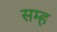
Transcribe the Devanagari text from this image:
सम्ह